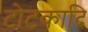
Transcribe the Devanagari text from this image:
टोटकादि